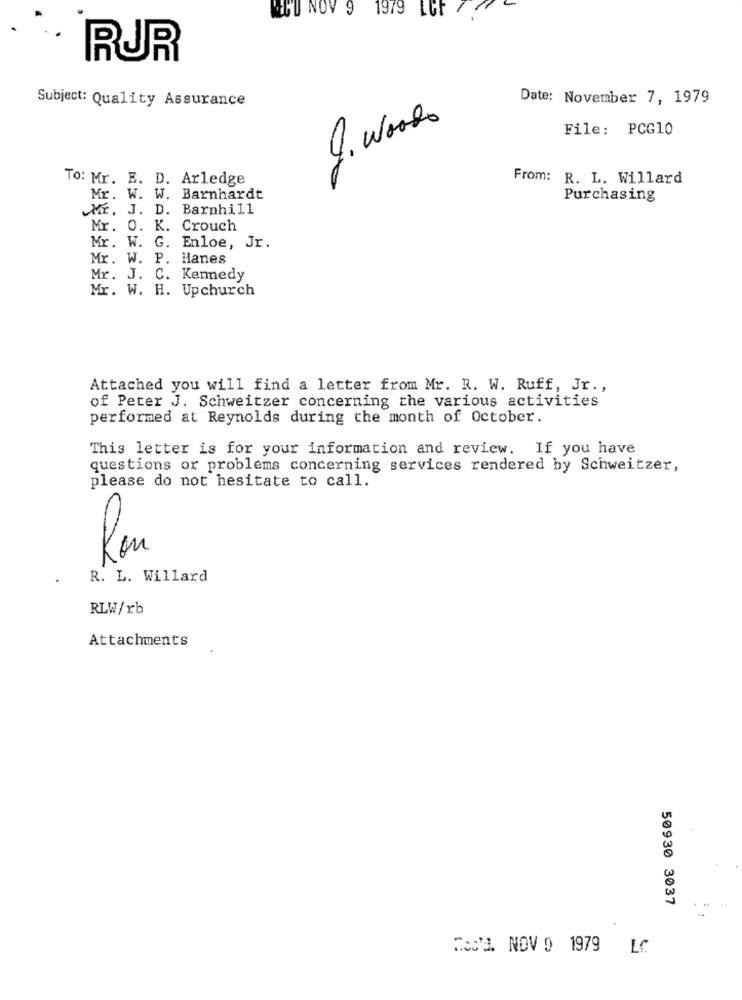
MOD NOV 9 1979 LGF
RUR
Subject: Quality Assurance
Date: November 7, 1979
J. woods
File: PCG10
To: Mr. E. D. Arledge
From: R. L. Willard
Mr. W. W. Barnhardt
Purchasing
Mr. J. D. Barnhill
Mr. 0. K. Crouch
Mr. W. G. Enloe, Jr.
Mr. W. P. Hanes
Mr. J. C. Kennedy
Mr. W. H. Upchurch
Attached you will find a letter from Mr. R. W. Ruff, Jr .,
of Peter J. Schweitzer concerning the various activities
performed at Reynolds during the month of October.
This letter is for your information and review. If you have
questions or problems concerning services rendered by Schweitzer,
please do not hesitate to call.
Kon
R. L. Willard
RLW/rb
Attachments
50930 3037
Med'a. NOV 9 1979